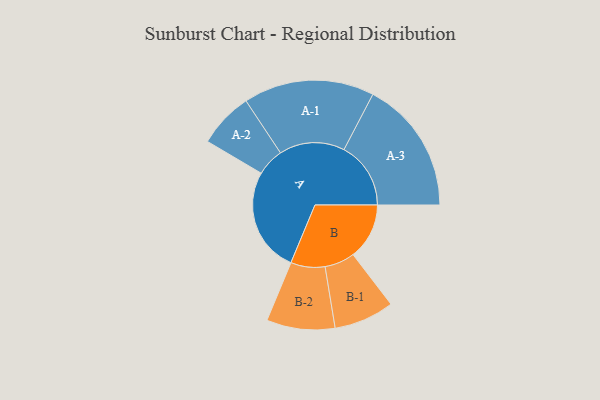
{"axis": {"x": "Segment", "y": "Value"}, "legend": ["", "A", "B"], "data": [{"x": "A", "y": 386, "type": ""}, {"x": "B", "y": 207, "type": ""}, {"x": "A-1", "y": 241, "type": "A"}, {"x": "A-2", "y": 102, "type": "A"}, {"x": "A-3", "y": 246, "type": "A"}, {"x": "B-1", "y": 111, "type": "B"}, {"x": "B-2", "y": 126, "type": "B"}]}